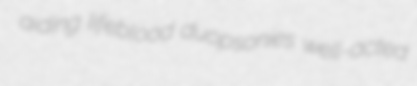
aiding lifeblood duopsonies well-acted